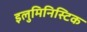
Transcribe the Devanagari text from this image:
इलुमिनिस्टिक